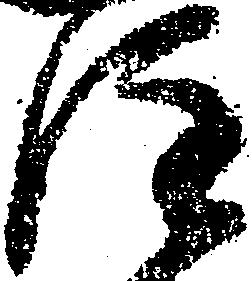
注